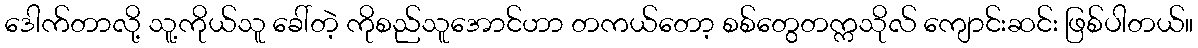
ဒေါက်တာလို့ သူ့ကိုယ်သူ ခေါ်တဲ့ ကိုစည်သူအောင်ဟာ တကယ်တော့ စစ်တွေတက္ကသိုလ် ကျောင်းဆင်း ဖြစ်ပါတယ်။